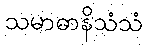
သမာဓာနိသံသံ